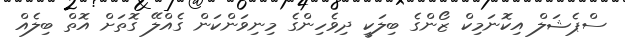
ސްޕެޝަލް އިކޮނަމިކް ޒޯންގެ ބިލަކީ ދިވެހިންގެ މިނިވަންކަން ގެއްލޭ ގޮތަށް އޮތް ބިލެއް